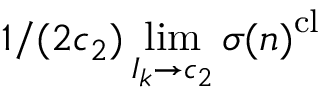
1 / ( 2 c _ { 2 } ) \operatorname* { l i m } _ { I _ { k } \to c _ { 2 } } \boldsymbol { \sigma } { ( n ) } ^ { \mathrm { c l } }